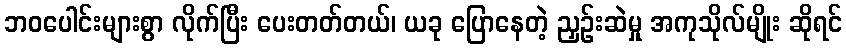
ဘဝပေါင်းများစွာ လိုက်ပြီး ပေးတတ်တယ်၊ ယခု ပြောနေတဲ့ ညှဉ်းဆဲမှု အကုသိုလ်မျိုး ဆိုရင်